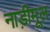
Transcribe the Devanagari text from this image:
नाड़ीमूल